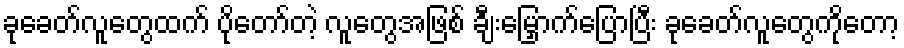
ခုခေတ်လူတွေထက် ပိုတော်တဲ့ လူတွေအဖြစ် ချီးမြှောက်ပြောပြီး ခုခေတ်လူတွေကိုတော့